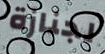
لجنازة